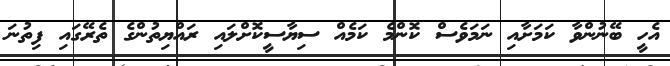
އެހީ ބޭނުންވާ ކަމަށާއި ނަމަވެސް ކޮންމެ ކަމެއް ސިޔާސީކޮށްލައި ރައްޔިތުންގެ ތެރޭގައި ފިތުނަ